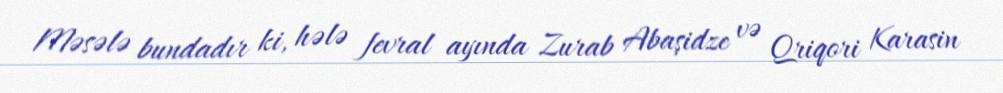
Məsələ bundadır ki, hələ fevral ayında Zurab Abaşidze və Qriqori Karasin